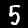
Digit: 5